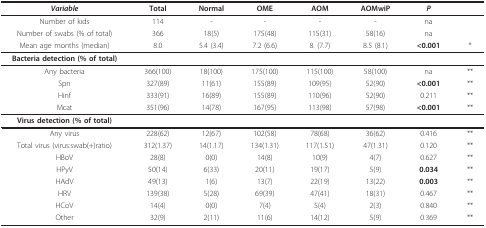
| Variable | Total | Normal | OME | AOM | AOMwiP | P |  |
 | --- | --- | --- | --- | --- | --- | --- | --- |
 | Number of kids | 114 | - | - | - | - | na |  |
 | Number of swabs (% of total) | 366 | 18(5) | 175(48) | 115(31) | 58(16) | na |  |
 | Mean age months (median) | 8.0 | 5.4 (3.4) | 7.2 (6.6) | 8. (7.7) | 8.5 (8.1) | <0.001 | * |
 | Bacteria detection (% of total) |  |  |  |  |  |  |  |
 | Any bacteria | 366(100) | 18(100) | 175(100) | 115(100) | 58(100) | na | ** |
 | Spn | 327(89) | 11(61) | 155(89) | 109(95) | 52(90) | <0.001 | ** |
 | Hinf | 333(91) | 16(89) | 155(89) | 110(96) | 52(90) | 0.211 | ** |
 | Mcat | 351(96) | 14(78) | 167(95) | 113(98) | 57(98) | <0.001 | ** |
 | Virus detection (% of total) |  |  |  |  |  |  |  |
 | Any virus | 228(62) | 12(67) | 102(58) | 78(68) | 36(62) | 0.416 | ** |
 | Total virus (virus:swab(+)ratio) | 312(1.37) | 14(1.17) | 134(1.31) | 117(1.51) | 47(1.31) | 0.120 | ** |
 | HBoV | 28(8) | 0(0) | 14(8) | 10(9) | 4(7) | 0.627 | ** |
 | HPyV | 50(14) | 6(33) | 20(11) | 19(17) | 5(9) | 0.034 | ** |
 | HAdV | 49(13) | 1(6) | 13(7) | 22(19) | 13(22) | 0.003 | ** |
 | HRV | 139(38) | 5(28) | 69(39) | 47(41) | 18(31) | 0.467 | ** |
 | HCoV | 14(4) | 0(0) | 7(4) | 5(4) | 2(3) | 0.840 | ** |
 | Other | 32(9) | 2(11) | 11(6) | 14(12) | 5(9) | 0.369 | ** |